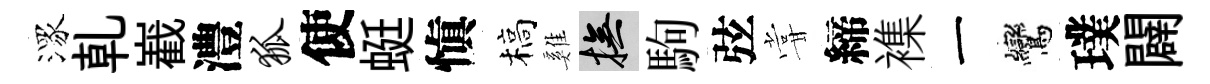
潈乹嶻澧狐使蜓愼槁雞撫駒弦甞締襍一鸞璞闢